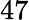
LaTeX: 47